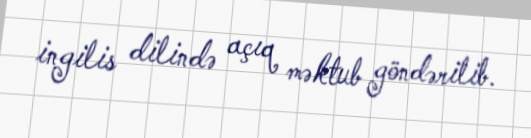
ingilis dilində açıq məktub göndərilib.